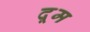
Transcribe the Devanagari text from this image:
दूूम